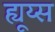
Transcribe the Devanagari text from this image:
ह्यूय्स